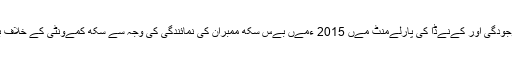
برطانےہ، امرےکہ اور کےنےڈا مےں پانچ پانچ لاکھ سکھوں کی موجودگی اور کےنےڈا کی پارلےمنٹ مےں 2015 ءمےں بےس سکھ ممبران کی نمائندگی کی وجہ سے سکھ کمےونٹی کے خلاف بھارت کی مخاصمت اور غصہ وقت کے ساتھ ساتھ بڑھتا جا رہا ہے۔